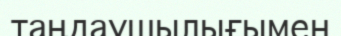
таңдаушылығымен